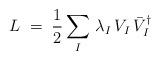
LaTeX: \begin{align*}L \;=\; \frac{1}{2} \sum_I \, \lambda_I \, V_I \, \bar{V}_I^\dagger\end{align*}